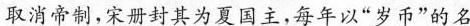
取消帝制，宋册封其为夏国主，每年以”岁币”的名